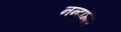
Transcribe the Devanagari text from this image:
नन्दाभार